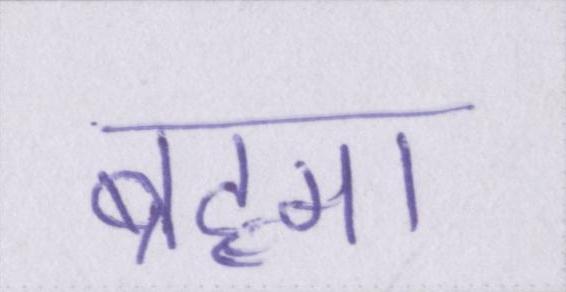
ब्रह्मा